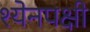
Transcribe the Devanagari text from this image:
श्येनपक्षी